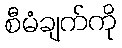
စီမံချက်ကို